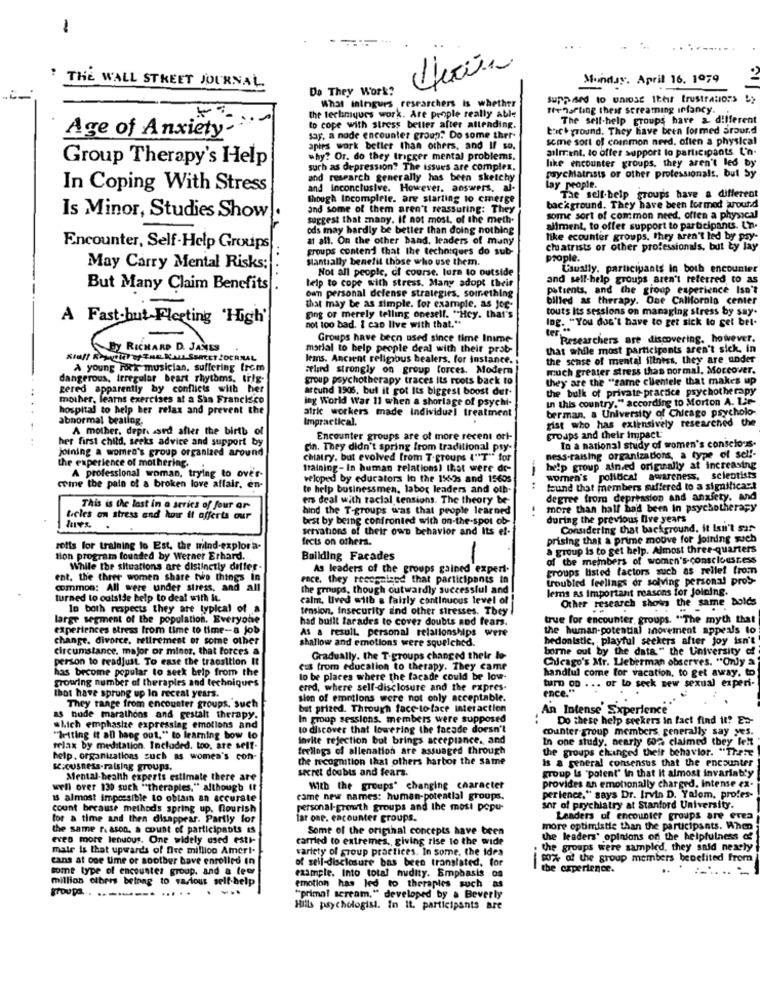
1
Monday. April 16. 1979
: THE WALL STREET JOURNAL
Do They Work?
What Iningurs researchers is whether
suphard to unlose their frustrations by
ffvhafting their screaming infancy.
the techniques work. Are people really abl
The self-help groups have & different
to cope with stress beller after allending.
thick ground. They have been formed sround
Age of Anxiety-
say, a node encounter group." Do some ther-
some sort of counmon need, often a physical
aptes work better than others, and If so.
ailment, to offer support lo participants L'n-
Group Therapy's Help
why? Or. do they trigger mental problems.
like encounter groups, they aren't led by
such as depression? The issues are complex.
and research generally has been sketchy
psychiatrists or other professionals. but Sy
In Coping With Stress
and Inconclusive. However, answers, al-
lay people.
though Incomplete. are starting to cmerge
The self-belp groups have a different
and some of them aren't reassuring: They
background. They have been formed around
Is Minor, Studies Show .
suggest that znany. If not most. of the meth.
some sort of common need, often a physical
cds may hardly be better than doing nothing
allment, to offer support to participants. Un.
at all. On the other band, leaders of many
like ecounter groups, they aren't led by pay-
Encounter, Self-Help Groups
groups contend that the techniques do sub-
chiatrists or other professionals, but ty lay
..
Slantsally benefit those who use them.
prople.
May Carry Mental Risks;
Not all people, of course. lura to outside
Caustly, participants in both encounter
and sell-help groups aren't referred to as
But Many Claim Benefits
help to cope with stress. Many adopt their
own personal defense strategies, something
patients, and the group experience Isn't
billed as therapy. One California center
that may be as simple. for example, as Jog-
touts its sessions on managing stress by say.
A Fast-but-Fleeting 'High'
ging or merely telling onesell. "Hey. that's
Ing. "You don't have to get sick to get bet.
not too bad. I can live with that."
ter
Groups have been used since time Inime
Researchers are discovering, however.
By RICHARD D. JAMES
morial to help people deal with their prob
that while most participents aren't sick. in
lems. Ancient religious healers, for instance.
the sense of mental illness, they are under
A young Foek musician, suffering from
Frlard strongly on group forces. Modern
much greater stress thas normal. Moreover.
dangerous, irregular beart rhythms, tilg.
group psychotherapy traces its roots back to
they are the "same clientele that makes up
gered apparently by conflicts with her
arcund 1906. but it got its biggest boost dut-
the bulk of private practice psychotherapy
mother, learns exercises at a San Francisco
ing World War 11 when a shortage of psychi-
in this country." according to Morton A. Lie-
.. ..
hospital to help her relax and prevent the
berman. a University of Chicago psycholo-
abnormal beating.
atric workers made individual treatment
Impractical.
gist who has extensively researched the
A mother, depressed after the birth of
her first child, seeks advice and support by
Encounter groups are of more recent ort-
groups and their impact
To a national study of women's conselons-
joining a women's group organized around
cin. They didn't spring from traditional pry-
the experience of mothering.
chatry, but evolved from T.groups ("T"" for
ness-raising organizations, a type of self-
training- In human relations) that were do-
help group ained originally at increasing
A professional woman, trying to over-
veloped by educators In the 1960s and 15605
-
women's political awareness, scientists
come the pain of a broken love affair, en-
to help businessmen, labor leaders and olb.
..
lund that members suffered to a significant
ers deal with racial tensions. The theory be-
degree from depression and anxiety. and
This is the lost in a series of four or
hind the T-groups was that people learned
.
more than half had been In psychotherapy
ticles on stress and how it offerts our
best by being confronted with on-the-spot ob-
during the previous five years
servations of their own behavior and Its ef-
Considering that background, it Lan't sar
frets on others.
prising that a prime moove for joining such
rolls for training to Est, the wind-explora-
a group is to get help. Almost three-quarters
tion program founded by Werner Erhard.
Building Facades
-
of the members of women's-consciousress
While the situations are distinctly differ-
As leaders of the groups gained expert.
groups listed factors such as relief from
ent. the three women share two things In
race, they recognised that participants in
troubled feelings or solving personal pros-
common: All were under stress, and all
the groups, though outwardly successful and
lems as important reasons for Joining.
turned to outside belp to deal with it.
calm, Uved wilb a fairly continuous level of
Other research shows the same bolds
In both respects they are typical of a
tension, Insecurity and other stresses. They
large segment of the population. Everyone
had built farades to cover doubts and fears.
true for encounter, groups. "The myth that
experiences stress from time to time-a job
As a result, personal relationships were
the human-potential movement appeals to
change. divorce, retirement or some other
shallow and emotions were squelched.
hedonistic, playful seekers after joy isn't
circumstance. major or minor, that forces a
borne out by the data" the University of
person to readjust To ease the transition It
Gradually. the T-groups changed their lo-
Chicago's Mr. Lieberman observes. "Only a
has become popular to seek help from the
cus from educalion to therapy. They came
handful come for vacation, to get away. to
growing number of therapies and techniques
lo be places where the facade could be low-
turn on . .. or to seck sew sexual experi-
that have sprung up In recent years.
ered, where sell-disclosure and the expres-
ence."
sion of emotions were not only acceptable.
range from encounter groups, such
but prized. Through face to face interaction
An Intense Experience
as nude marathons and gestalt therapy.
In group sessions. members were supposed
..
Do these help seekers in fact find it! Es-
which emphasize expressing emotions and
to discover that lowering the facade doesn't
munter group members, generally say yes.
"Writing it anl hang out." to learning bow to
invite rejection but brings acceptance. and
In one study, nearly 602 claimed they felt
relax by meditation. Included. too, are seit.
feelings of allenation are assuaged through
the groups changed their behavior. "Trate
help. organizations such as women's con-
the recognition that others harbor the same
is a general consensus that the encounter
s.ousness-ralsing groups.
secret doubts and fears.
group Is "polent" in that It almost invariably
Mental health experts estimate there are
well over 130 such "therapies," although It
With the groups" changing character
provides an emotionally charged. Intense ex-
15 almost impossible to obtain an accurate
came new names: human-potential groups.
perience." says Dr. Irvin D. Yalom, profes-
count because methods spring up. flourish
personal-growth groups and the most popu-
sor of prychiatry at Stanford University.
for a time and then disappear. Partly for
far one. encounter groups.
Leaders of encounter groups are erea
the same reason, a count of participants es
Some of the original concepts have been
more optimistic than the participants. When
even more lenuous. One widely used esti-
carried to extremes, giving rise to the wide
the leaders' opinions on the helpfulness of
matr is that upwards of fire million Amert.
variety of group practices. In some. the idea
the groups were sampled, they said nexely
cans at one time or soother bave enrolled in
of sell-disclosure bas been translated, for
.-
80% of the group members benefited from
some type of encounter group, and a few
the experience.
million olbers betrag to various self-help
example. Into total nudity. Emphasis on
group. . ..-----
emotion has led to therapies such as
"primal scream," developed by a Beverly
Hills psychologist. In It. participants are